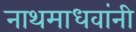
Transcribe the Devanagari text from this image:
नाथमाधवांनी